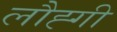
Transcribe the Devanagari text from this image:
लौह्गी